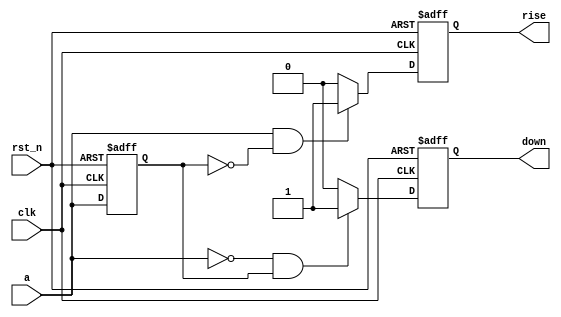
module edge_detect (
  input clk,
  input rst_n,
  input a,
  output reg rise,
  output reg down
);

  reg a_prev;

  always @(posedge clk or negedge rst_n) begin
    if (!rst_n) begin
      rise <= 0;
      down <= 0;
      a_prev <= 0;
    end
    else begin
      if (a && !a_prev) // Rising edge detection
        rise <= 1;
      else
        rise <= 0;

      if (!a && a_prev) // Falling edge detection
        down <= 1;
      else
        down <= 0;

      a_prev <= a;
    end
  end

endmodule